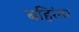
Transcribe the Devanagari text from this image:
बहिरंतर